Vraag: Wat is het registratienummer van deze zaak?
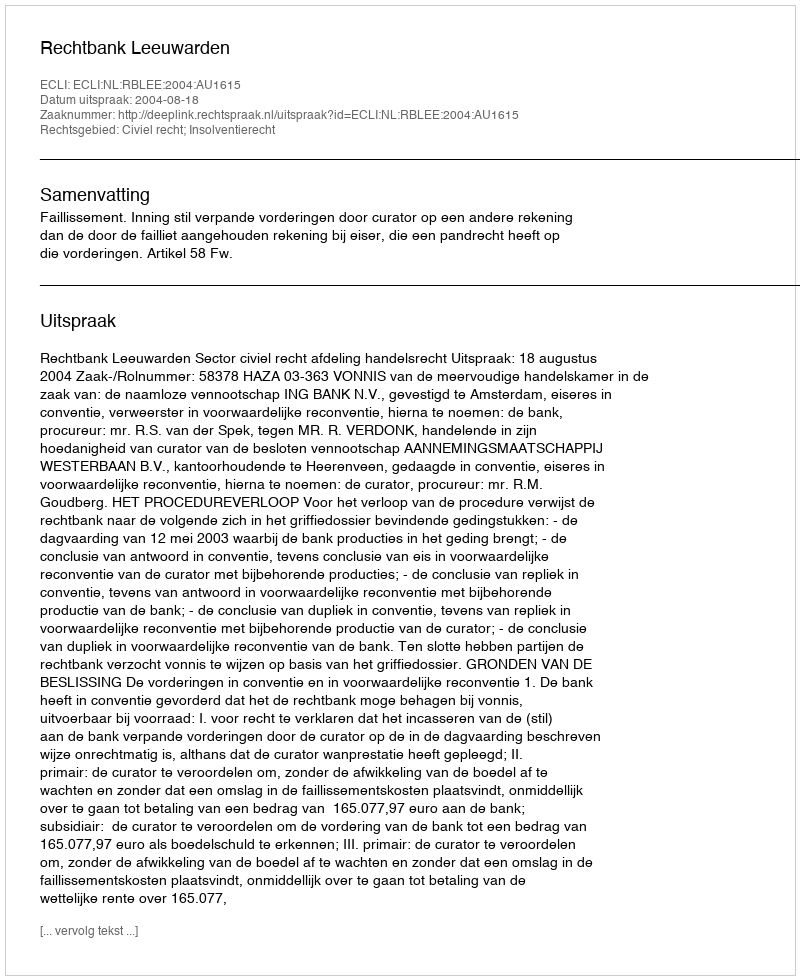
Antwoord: http://deeplink.rechtspraak.nl/uitspraak?id=ECLI:NL:RBLEE:2004:AU1615